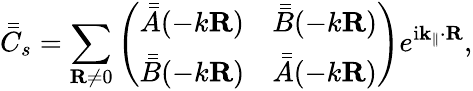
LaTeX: \bar{\bar{C}}_{s}=\sum_{\mathbf{R}\neq 0}\left(\begin{array}{ll}{\bar{\bar{A}}(-k\mathbf{R})}&{\bar{\bar{B}}(-k\mathbf{R})}\\ {\bar{\bar{B}}(-k\mathbf{R})}&{\bar{\bar{A}}(-k\mathbf{R})}\end{array}\right)e^{\mathrm{i\mathbf{k}_{\parallel}\cdot\mathbf{R}}},